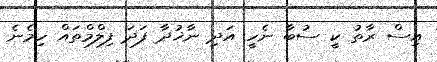
އިސް ރާތު ކީ ސުބާ ނެހީ އަދި ނާޚުދާ ފަދަ ފިލްމްތައް ހިމެނެ